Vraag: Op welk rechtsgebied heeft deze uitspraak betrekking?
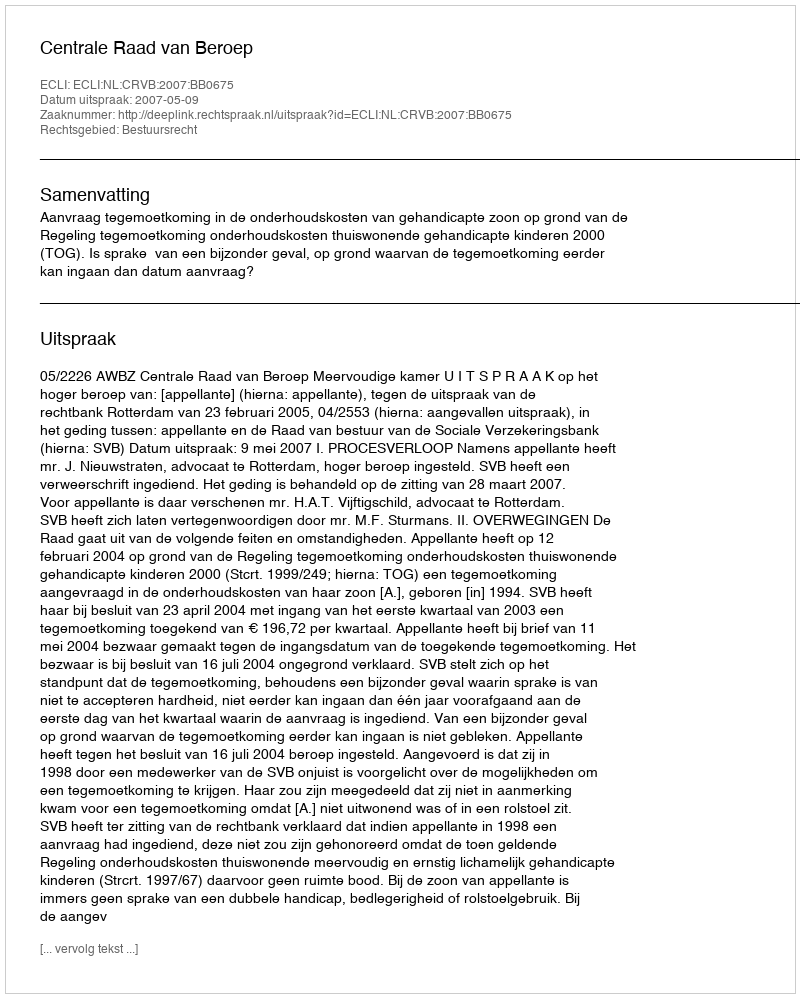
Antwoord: Bestuursrecht